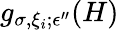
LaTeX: g_{\sigma,\xi_{i};\epsilon^{\prime\prime}}(H)